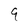
Character: 9